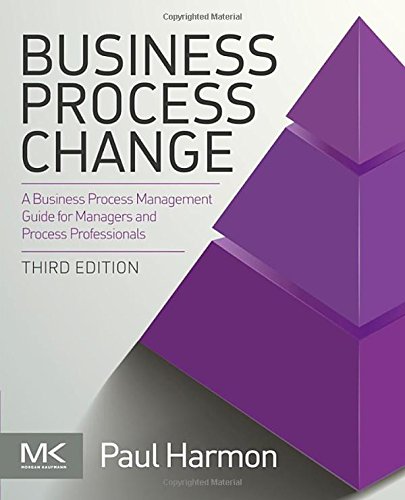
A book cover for Business Process Change, Third Edition (The MK/OMG Press); Paul Harmon; Business & Money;